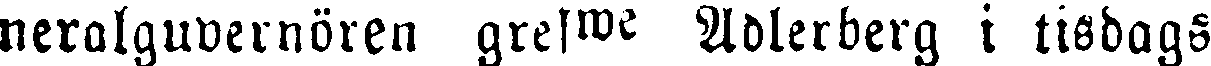
neralguvernören grefwe Adlerberg i tisdags